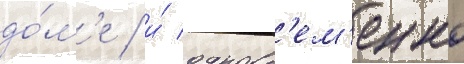
до́м'е / и́ одновр'ем'енно